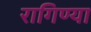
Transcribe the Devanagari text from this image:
रागिण्या